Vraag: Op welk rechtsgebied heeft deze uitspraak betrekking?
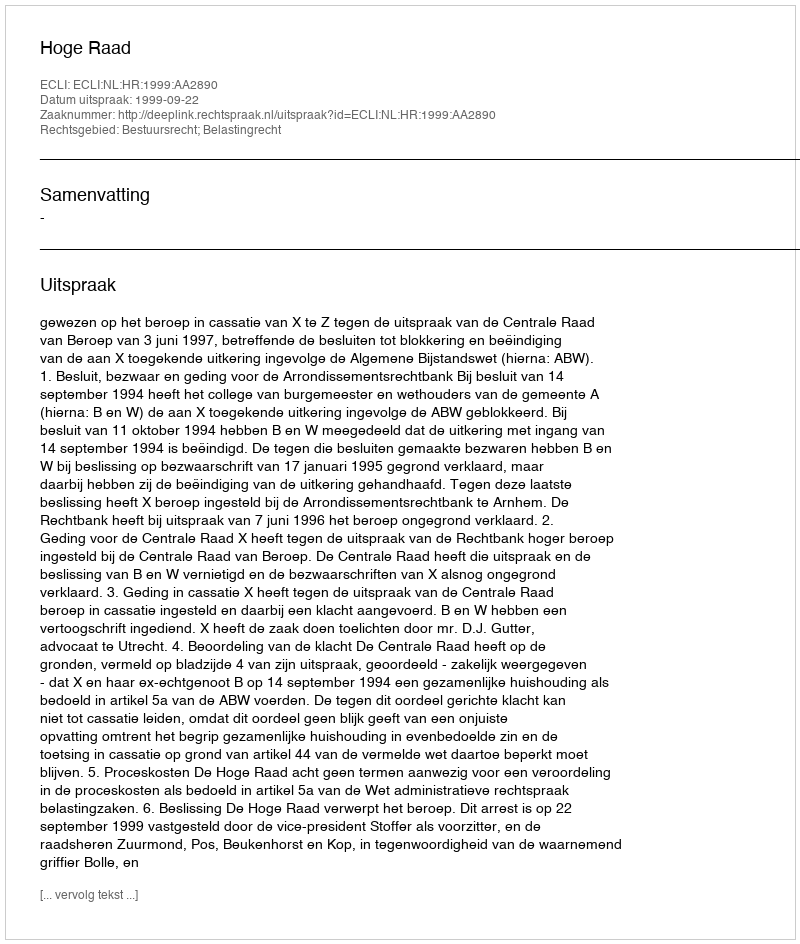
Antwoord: Bestuursrecht; Belastingrecht